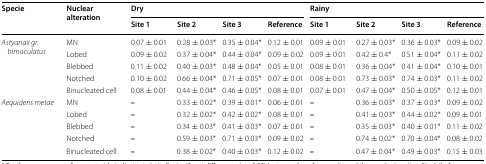
<table><thead><tr><td rowspan="2"><b>Specie</b></td><td rowspan="2"><b>Nuclear alteration</b></td><td colspan="4"><b>Dry</b></td><td colspan="4"><b>Rainy</b></td></tr><tr><td><b>Site 1</b></td><td><b>Site 2</b></td><td><b>Site 3</b></td><td><b>Reference</b></td><td><b>Site 1</b></td><td><b>Site 2</b></td><td><b>Site 3</b></td><td><b>Reference</b></td></tr></thead><tbody><tr><td rowspan="5"><i>Astyanax gr. bimaculatus</i></td><td>MN</td><td>0.07 ± 0.01</td><td>0.28 ± 0.03*</td><td>0.35 ± 0.04*</td><td>0.12 ± 0.01</td><td>0.09 ± 0.01</td><td>0.27 ± 0.03*</td><td>0.36 ± 0.03*</td><td>0.09 ± 0.02</td></tr><tr><td>Lobed</td><td>0.09 ± 0.02</td><td>0.37 ± 0.04*</td><td>0.44 ± 0.04*</td><td>0.09 ± 0.02</td><td>0.09 ± 0.01</td><td>0.42 ± 0.4*</td><td>0.51 ± 0.04*</td><td>0.11 ± 0.02</td></tr><tr><td>Blebbed</td><td>0.11 ± 0.02</td><td>0.40 ± 0.03*</td><td>0.48 ± 0.04*</td><td>0.05 ± 0.01</td><td>0.08 ± 0.01</td><td>0.36 ± 0.04*</td><td>0.41 ± 0.04*</td><td>0.10 ± 0.01</td></tr><tr><td>Notched</td><td>0.10 ± 0.02</td><td>0.66 ± 0.04*</td><td>0.71 ± 0.05*</td><td>0.07 ± 0.01</td><td>0.08 ± 0.01</td><td>0.73 ± 0.03*</td><td>0.74 ± 0.03*</td><td>0.11 ± 0.02</td></tr><tr><td>Binucleated cell</td><td>0.08 ± 0.01</td><td>0.44 ± 0.04*</td><td>0.46 ± 0.05*</td><td>0.08 ± 0.01</td><td>0.07 ± 0.01</td><td>0.47 ± 0.04*</td><td>0.50 ± 0.05*</td><td>0.12 ± 0.01</td></tr><tr><td rowspan="5"><i>Aequidens metae</i></td><td>MN</td><td><b>–</b></td><td>0.33 ± 0.02*</td><td>0.39 ± 0.01*</td><td>0.06 ± 0.01</td><td><b>–</b></td><td>0.36 ± 0.03*</td><td>0.37 ± 0.03*</td><td>0.09 ± 0.02</td></tr><tr><td>Lobed</td><td><b>–</b></td><td>0.32 ± 0.02*</td><td>0.42 ± 0.02*</td><td>0.08 ± 0.01</td><td><b>–</b></td><td>0.41 ± 0.03*</td><td>0.44 ± 0.02*</td><td>0.09 ± 0.01</td></tr><tr><td>Blebbed</td><td><b>–</b></td><td>0.34 ± 0.03*</td><td>0.41 ± 0.03*</td><td>0.07 ± 0.01</td><td><b>–</b></td><td>0.35 ± 0.03*</td><td>0.40 ± 0.01*</td><td>0.11 ± 0.02</td></tr><tr><td>Notched</td><td><b>–</b></td><td>0.59 ± 0.03*</td><td>0.71 ± 0.03*</td><td>0.09 ± 0.02</td><td><b>–</b></td><td>0.74 ± 0.02*</td><td>0.70 ± 0.04*</td><td>0.08 ± 0.02</td></tr><tr><td>Binucleated cell</td><td><b>–</b></td><td>0.38 ± 0.02*</td><td>0.40 ± 0.03*</td><td>0.12 ± 0.02</td><td><b>–</b></td><td>0.47 ± 0.04*</td><td>0.49 ± 0.03*</td><td>0.15 ± 0.03</td></tr></tbody></table>